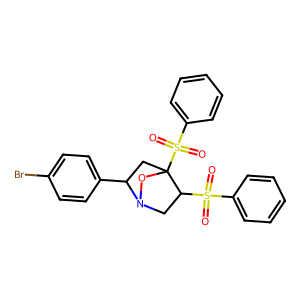
SMILES: O=S(=O)(c1ccccc1)C1CN2OC1(S(=O)(=O)c1ccccc1)CC2c1ccc(Br)cc1
Inhibits HIV replication: No